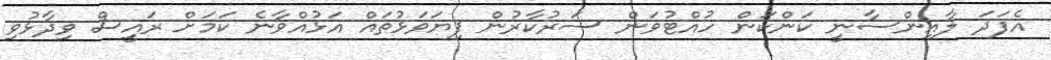
އެފަދަ ލާއިންސާނީ ކަންކަން ހުއްޓުވަން ސަރުކާރުން ފިޔަވަޅުތައް އަޅުއްވާނެ ކަމަށް ރައީސް ވިދާޅުވި